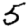
Digit: 5